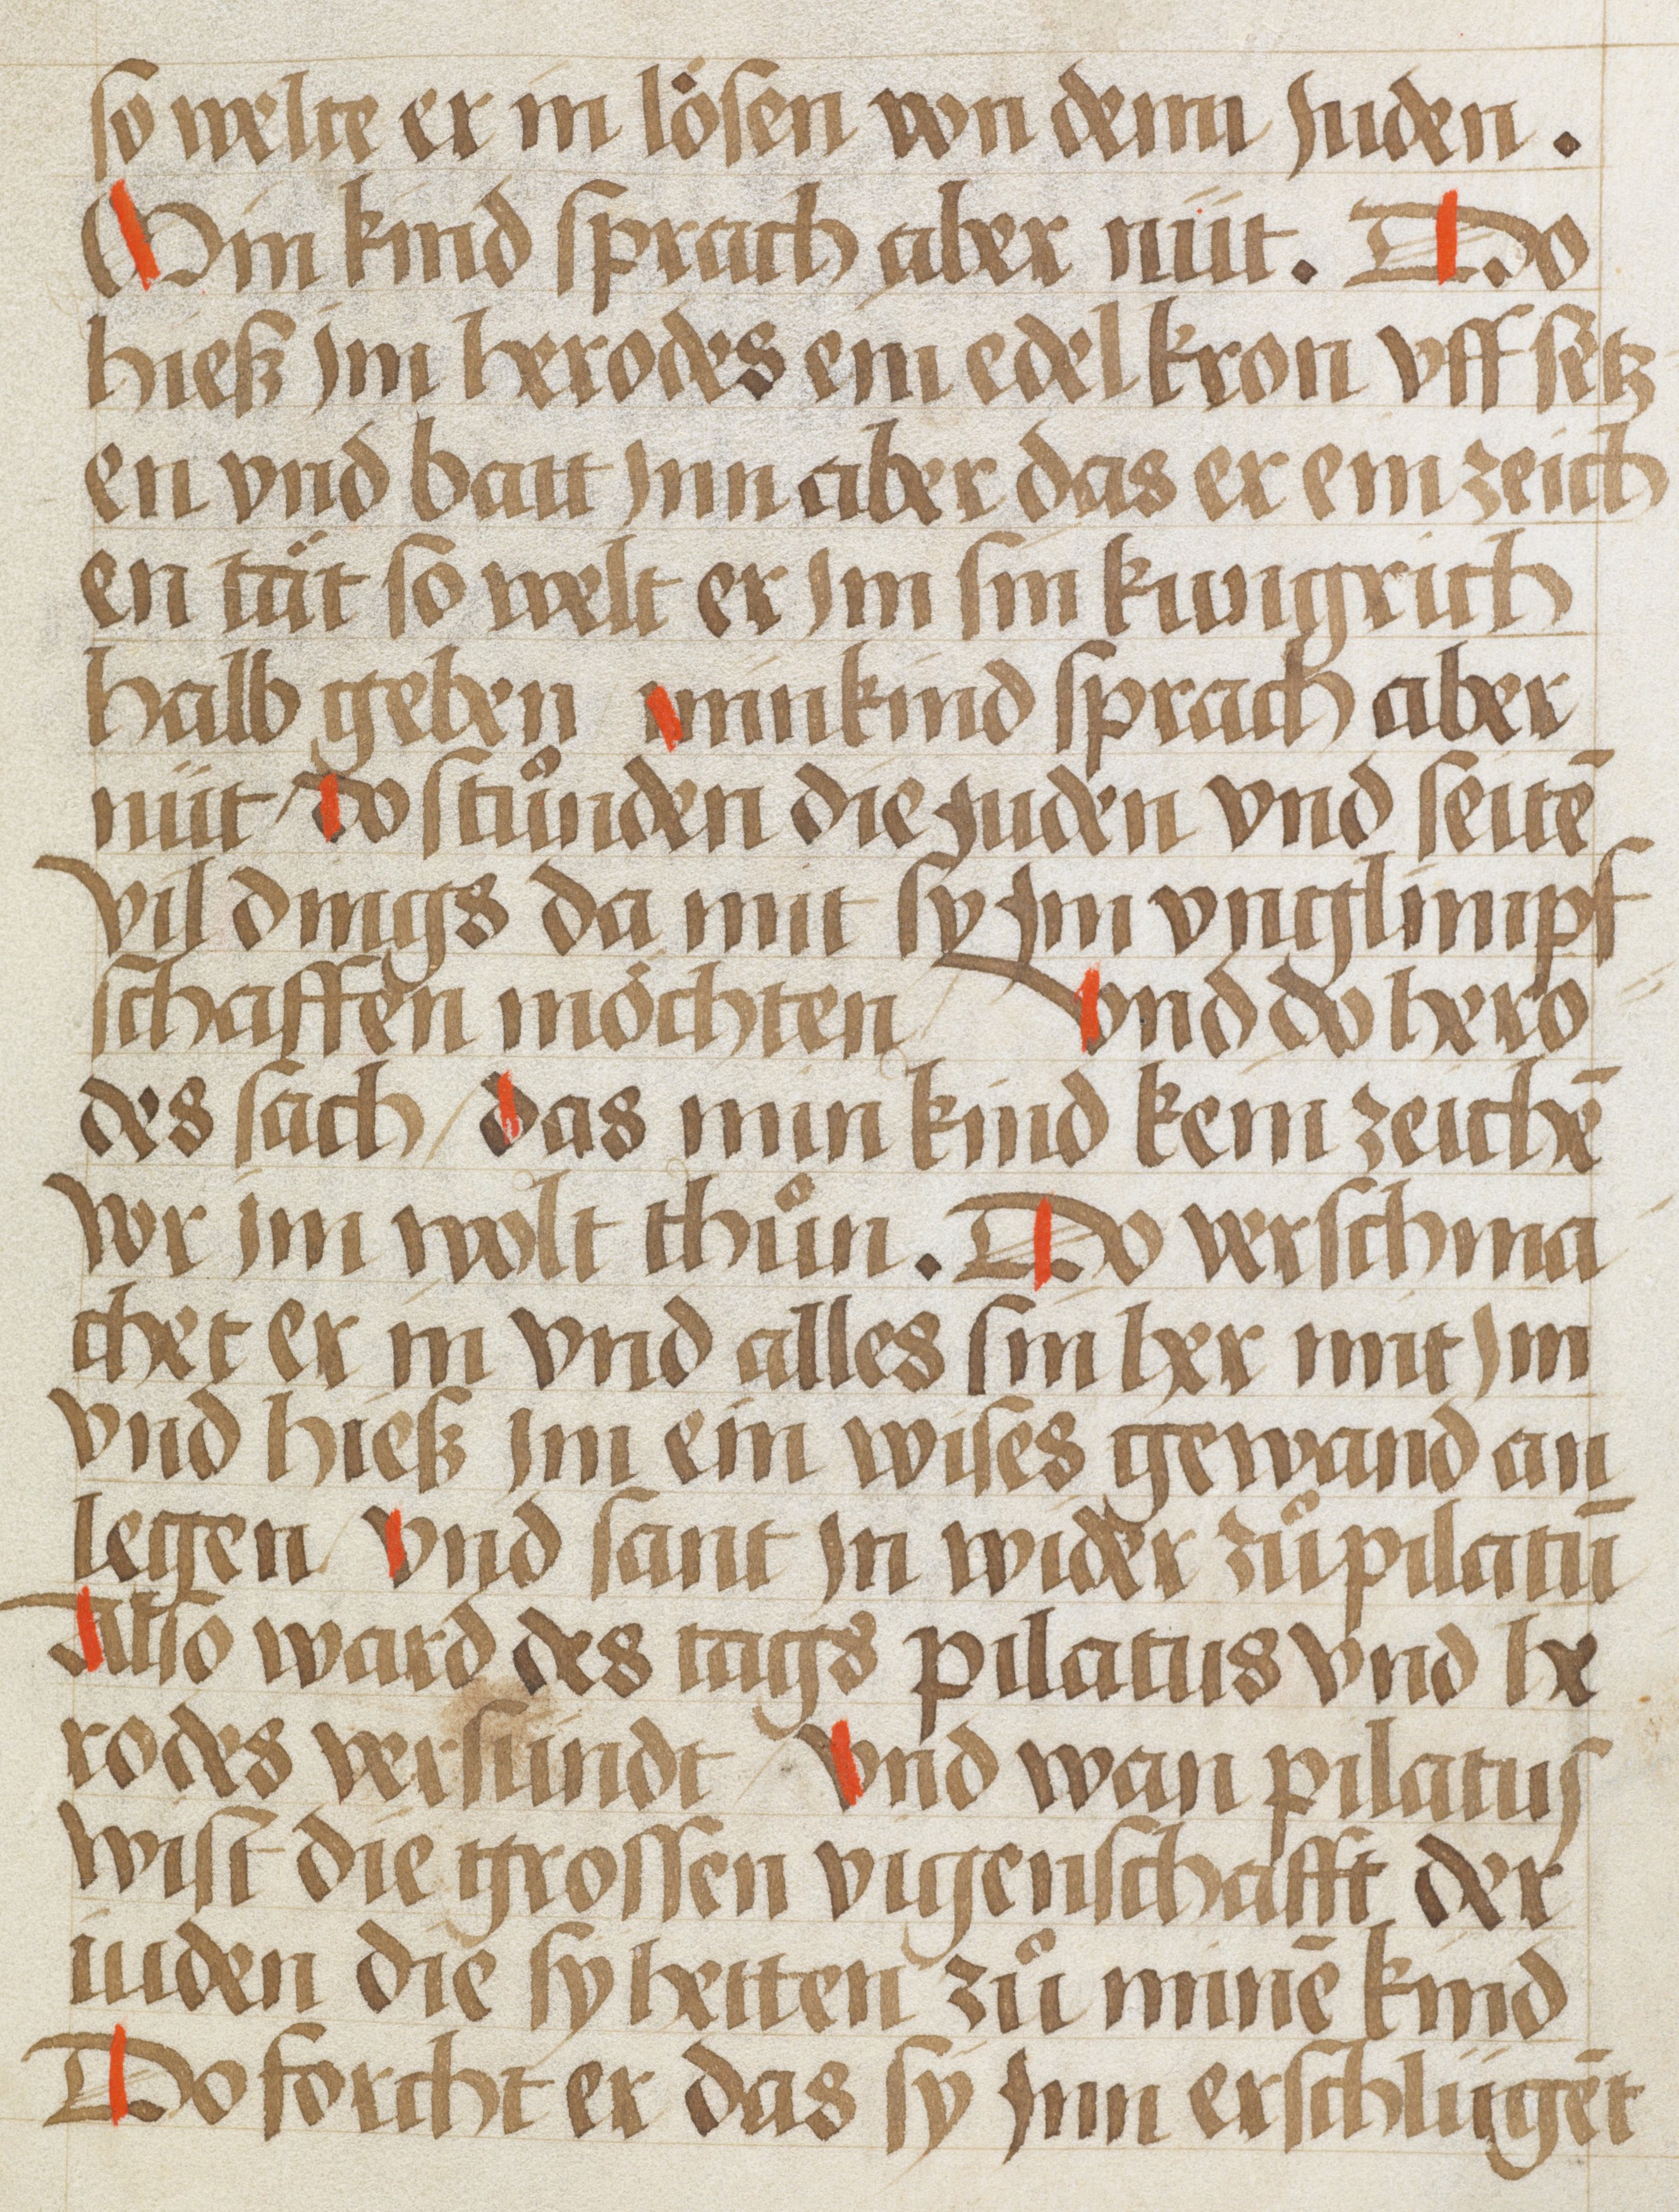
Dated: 1450–1499